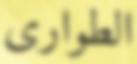
الطوارى